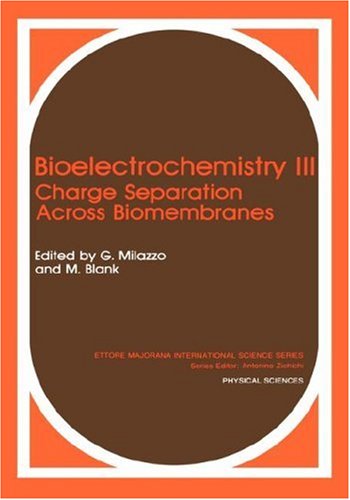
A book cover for Bioelectrochemistry III. Charge Separation Across Biomembranes. (Ettore Majorana International Science Series: Physical Sciences) (No. 3); Science & Math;